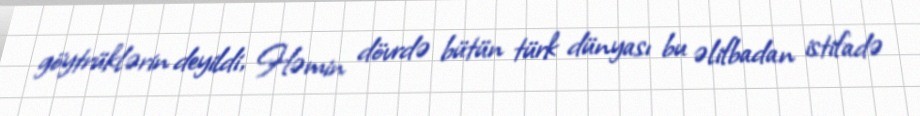
göytrüklərin deyildi, Həmin dövrdə bütün türk dünyası bu əlifbadan istifadə